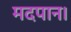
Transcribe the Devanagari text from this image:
मदपान।